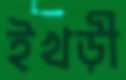
ইখড়ী